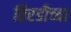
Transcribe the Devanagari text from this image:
तिरडीच्या